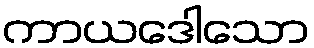
ကာယဒေါသော